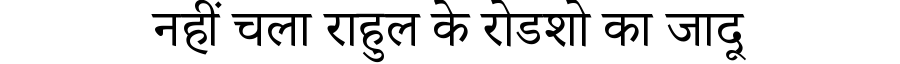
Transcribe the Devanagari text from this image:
नहीं चला राहुल के रोडशो का जादू